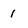
Character: 1